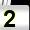
Digit: 2